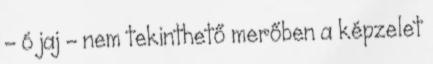
- ó jaj - nem tekinthető merőben a képzelet